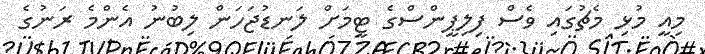
މިއީ މުޅި މެޗުގައި ވެސް ފިލިޕީންސްގެ ޓީމަށް ލަނޑުޖަހަން ލިބުނު އެންމެ ރަނުގެ